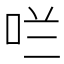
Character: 𫩪